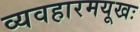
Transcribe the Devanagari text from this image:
व्यवहारमयूखः